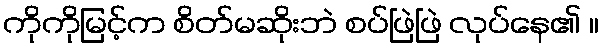
ကိုကိုမြင့်က စိတ်မဆိုးဘဲ စပ်ဖြဲဖြဲ လုပ်နေ၏ ။